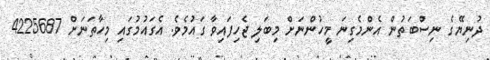
ދުނިޔޭގެ ނިސްބަތުން އެންމެގިނަ މީހުންނަށް މިބަލި ޖެހިފައިވާ ގައުމެވެ. އެގައުމުގައި މިހާތަނަށް 4225687